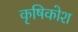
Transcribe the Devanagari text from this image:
कृषिकोश